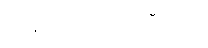
၇.၂၅ ဒေါ်လာပါ။ ဒီမှာပါ။